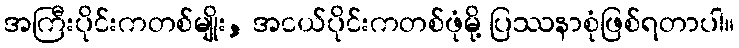
အကြီးပိုင်းကတစ်မျိုး, အငယ်ပိုင်းကတစ်ဖုံမို့ ပြဿနာစုံဖြစ်ရတာပါ။